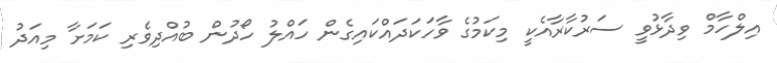
އިލްހާމް ވިދާޅުވީ ސަރުކާރާއެކީ މިކަމުގެ ވާހަކަދައްކައިގެން ހައްލު ހޯދުން ބުއްދިވެރި ކަމަށާ މިއަދު